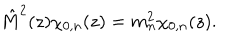
\hat { M } ^ { 2 } ( z ) \chi _ { 0 , n } ( z ) = m _ { n } ^ { 2 } \chi _ { 0 , n } ( z ) .